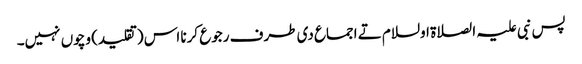
پس نبی علیہ الصلاة اولسلام تے اجماع د‏‏ی طرف رجوع کرنا اس (تقلید) وچو‏ں نہیں۔